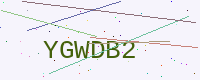
Text: YGWDB2